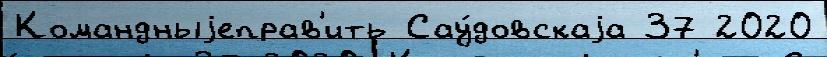
Командныjеправ'ить Сау́довскаjа 37 2020